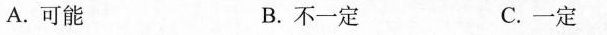
A.可能 B.不一定 C.一定